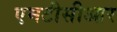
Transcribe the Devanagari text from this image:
एमटीसीआर